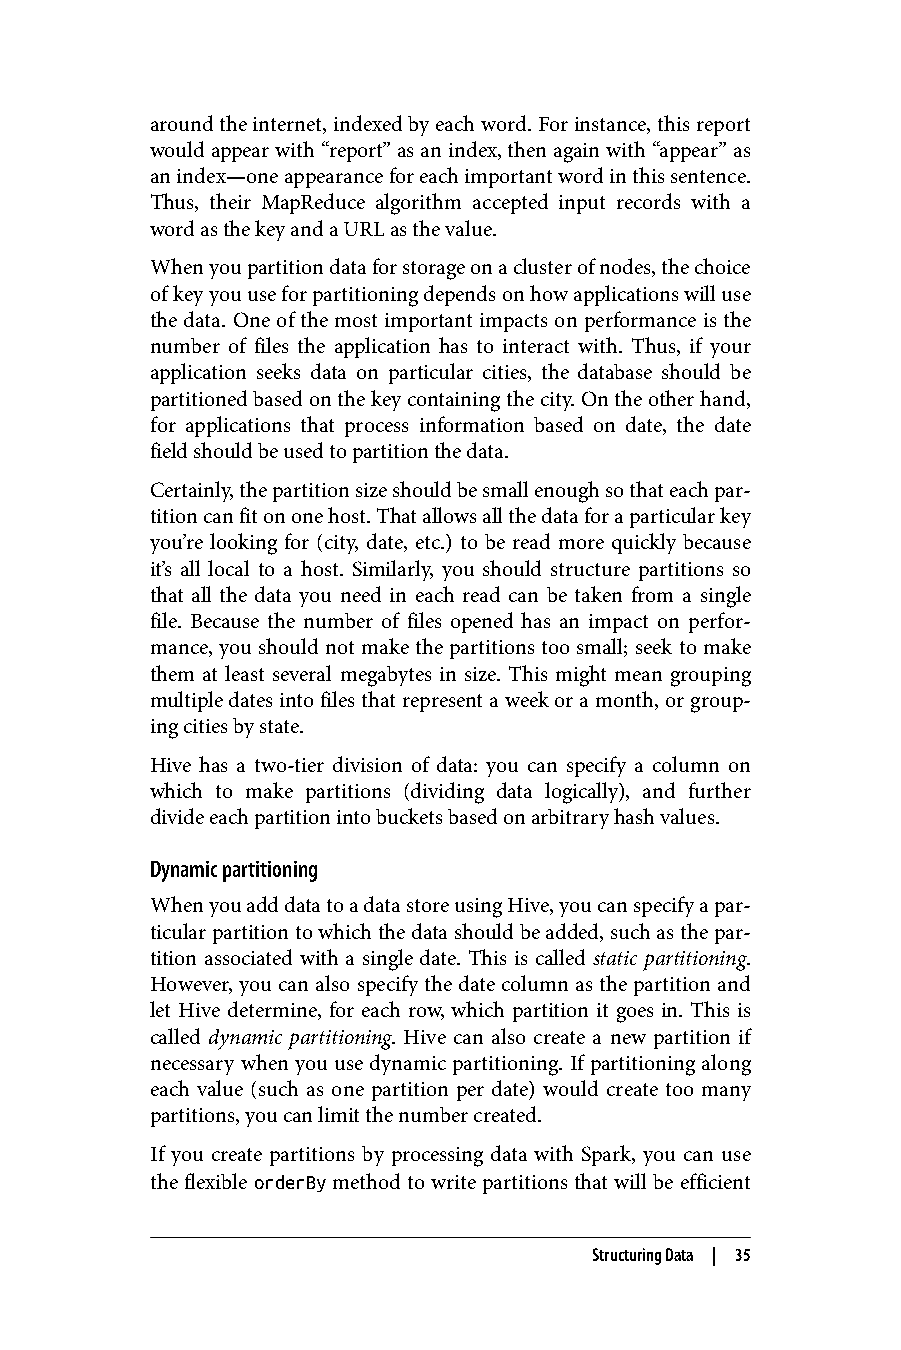
around the internet, indexed by each word. For instance, this report
 would appear with “report” as an index, then again with “appear” as
 an index—one appearance for each important word in this sentence.
 Thus, their MapReduce algorithm accepted input records with a
 word as the key and a URL as the value.
 When you partition data for storage on a cluster of nodes, the choice
 of key you use for partitioning depends on how applications will use
 the data. One of the most important impacts on performance is the
 number of files the application has to interact with. Thus, if your
 application seeks data on particular cities, the database should be
 partitioned based on the key containing the city. On the other hand,
 for applications that process information based on date, the date
 field should be used to partition the data.
 Certainly, the partition size should be small enough so that each par‐
 tition can fit on one host. That allows all the data for a particular key
 you’re looking for (city, date, etc.) to be read more quickly because
 it’s all local to a host. Similarly, you should structure partitions so
 that all the data you need in each read can be taken from a single
 file. Because the number of files opened has an impact on perfor‐
 mance, you should not make the partitions too small; seek to make
 them at least several megabytes in size. This might mean grouping
 multiple dates into files that represent a week or a month, or group‐
 ing cities by state.
 Hive has a two-tier division of data: you can specify a column on
 which to make partitions (dividing data logically), and further
 divide each partition into buckets based on arbitrary hash values.
 Dynamic partitioning
 When you add data to a data store using Hive, you can specify a par‐
 ticular partition to which the data should be added, such as the par‐
 tition associated with a single date. This is called static partitioning.
 However, you can also specify the date column as the partition and
 let Hive determine, for each row, which partition it goes in. This is
 called dynamic partitioning. Hive can also create a new partition if
 necessary when you use dynamic partitioning. If partitioning along
 each value (such as one partition per date) would create too many
 partitions, you can limit the number created.
 If you create partitions by processing data with Spark, you can use
 the flexible orderBy method to write partitions that will be efficient
 Structuring Data | 35